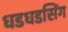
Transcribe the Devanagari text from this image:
धडधडसिंग